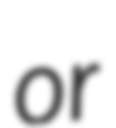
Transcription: or